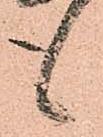
も